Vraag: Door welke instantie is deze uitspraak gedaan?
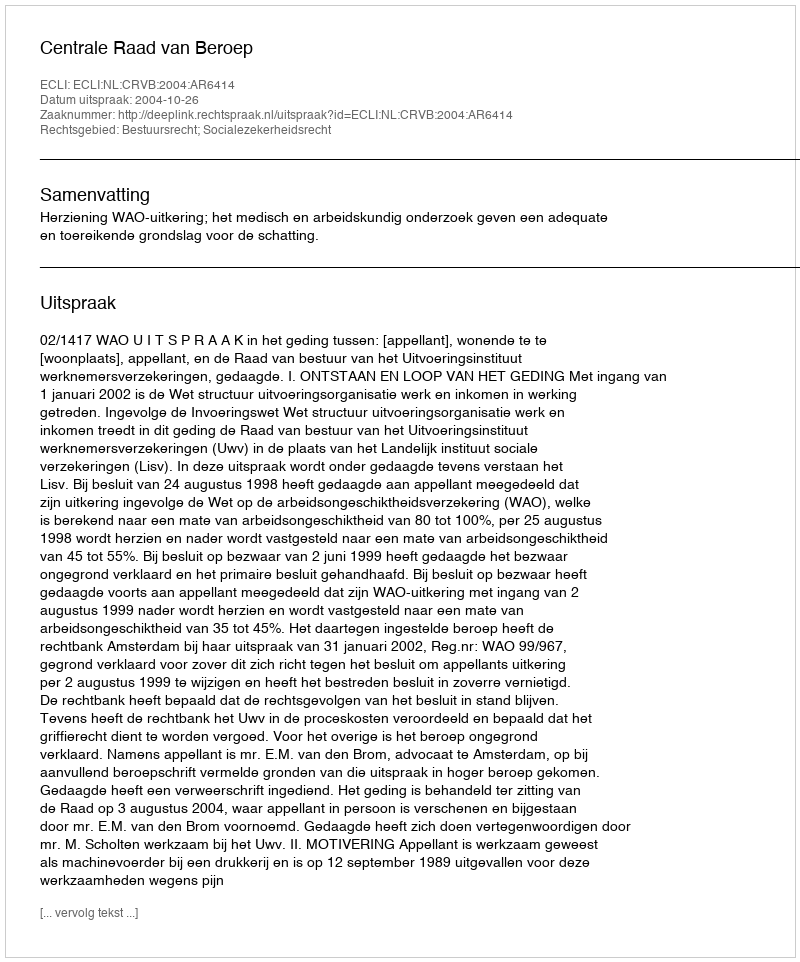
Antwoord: Centrale Raad van Beroep